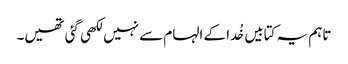
تاہم یہ کتابیں خُدا کے الہام سے نہیں لکھی گئی تھیں۔